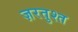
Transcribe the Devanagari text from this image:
ज़रतुश्त